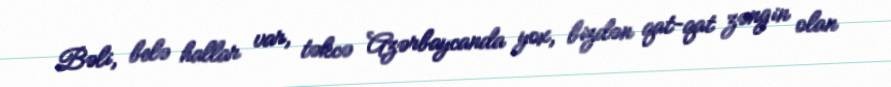
Bəli, belə hallar var, təkcə Azərbaycanda yox, bizdən qat-qat zəngin olan